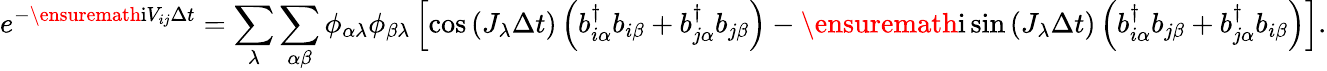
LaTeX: e^{-\ensuremath{\mathrm{i}}V_{ij}\Delta t}=\sum_{\lambda}\sum_{\alpha\beta}\phi_{\alpha\lambda}\phi_{\beta\lambda}\left[\cos\left(J_{\lambda}\Delta t\right)\left(b_{i\alpha}^{\dagger}b_{i\beta}+b_{j\alpha}^{\dagger}b_{j\beta}\right)-\ensuremath{\mathrm{i}}\sin\left(J_{\lambda}\Delta t\right)\left(b_{i\alpha}^{\dagger}b_{j\beta}+b_{j\alpha}^{\dagger}b_{i\beta}\right)\right].